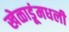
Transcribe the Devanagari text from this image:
खेळाडूंमधली